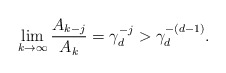
\begin{align*}\lim_{k\to\infty} \frac{A_{k - j}}{A_k} = \gamma_d^{-j} > \gamma_d^{-(d - 1)}.\end{align*}